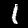
Label: 1